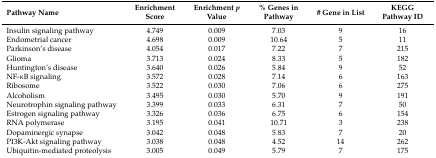
<table><thead><tr><td><b>Pathway Name</b></td><td><b>Enrichment Score</b></td><td><b>Enrichment <i>p</i> Value</b></td><td><b>% Genes in Pathway</b></td><td><b># Gene in List</b></td><td><b>KEGG Pathway ID</b></td></tr></thead><tbody><tr><td>Insulin signaling pathway</td><td>4.749</td><td>0.009</td><td>7.03</td><td>9</td><td>16</td></tr><tr><td>Endometrial cancer</td><td>4.698</td><td>0.009</td><td>10.64</td><td>5</td><td>11</td></tr><tr><td>Parkinson’s disease</td><td>4.054</td><td>0.017</td><td>7.22</td><td>7</td><td>215</td></tr><tr><td>Glioma</td><td>3.713</td><td>0.024</td><td>8.33</td><td>5</td><td>182</td></tr><tr><td>Huntington’s disease</td><td>3.640</td><td>0.026</td><td>5.84</td><td>9</td><td>52</td></tr><tr><td>NF-κB signaling</td><td>3.572</td><td>0.028</td><td>7.14</td><td>6</td><td>163</td></tr><tr><td>Ribosome</td><td>3.522</td><td>0.030</td><td>7.06</td><td>6</td><td>275</td></tr><tr><td>Alcoholism</td><td>3.495</td><td>0.030</td><td>5.70</td><td>9</td><td>191</td></tr><tr><td>Neurotrophin signaling pathway</td><td>3.399</td><td>0.033</td><td>6.31</td><td>7</td><td>50</td></tr><tr><td>Estrogen signaling pathway</td><td>3.326</td><td>0.036</td><td>6.75</td><td>6</td><td>154</td></tr><tr><td>RNA polymerase</td><td>3.195</td><td>0.041</td><td>10.71</td><td>3</td><td>238</td></tr><tr><td>Dopaminergic synapse</td><td>3.042</td><td>0.048</td><td>5.83</td><td>7</td><td>20</td></tr><tr><td>PI3K-Akt signaling pathway</td><td>3.038</td><td>0.048</td><td>4.52</td><td>14</td><td>262</td></tr><tr><td>Ubiquitin-mediated proteolysis</td><td>3.005</td><td>0.049</td><td>5.79</td><td>7</td><td>175</td></tr></tbody></table>